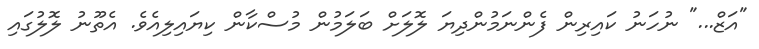
"އަޒް..." ނުހަނު ކައިރިން ފެންނަމުންދިޔަ ލޮލަށް ބަލަމުން މުސްކާން ކިޔައިލިއެވެ. އެތޫނު ލޮލުގައި